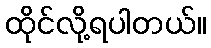
ထိုင်လို့ရပါတယ်။